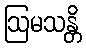
ဩမသန္တိ